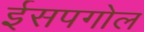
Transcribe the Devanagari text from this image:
ईसपगोल